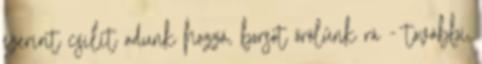
szerint csilit adunk hozzá, borsot őrölünk rá - további